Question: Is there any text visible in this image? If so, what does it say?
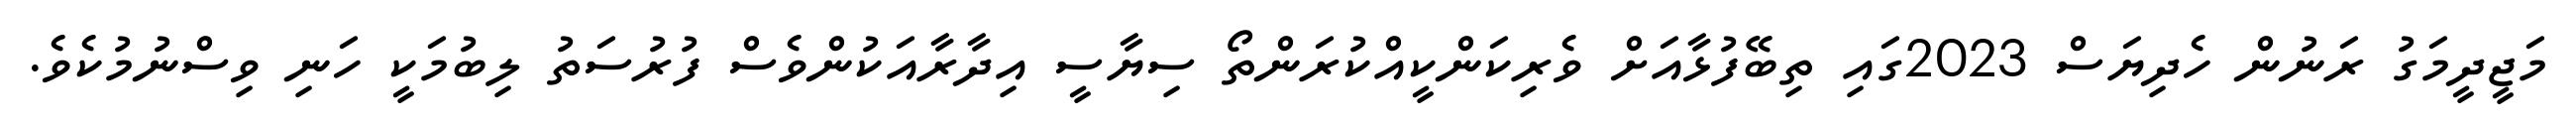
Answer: މަޖީދީމަގު ރަނުން ހެދިޔަސް 2023ގައި ތިބޭފުޅާއަށް ވެރިކަންކީއްކުރަންތޯ ސިޔާސީ އިދާރާއަކުންވެސް ފުރުސަތު ލިބުމަކީ ހަނި ވިސްނުމުކެވެ.